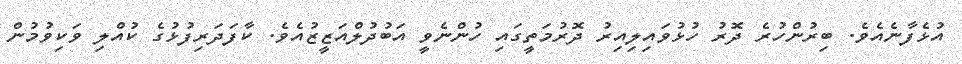
އުޅެފާނެއެވެ. ބިރުންހުރެ ދޮރު ހުޅުވައިލިއިރު ދޮރުމަތީގައި ހުންނެވީ އަބުދުލްއަޒީޒުއެވެ. ކާފަދަރިފުޅުގެ ކުއްލި ވަކިވުމުން